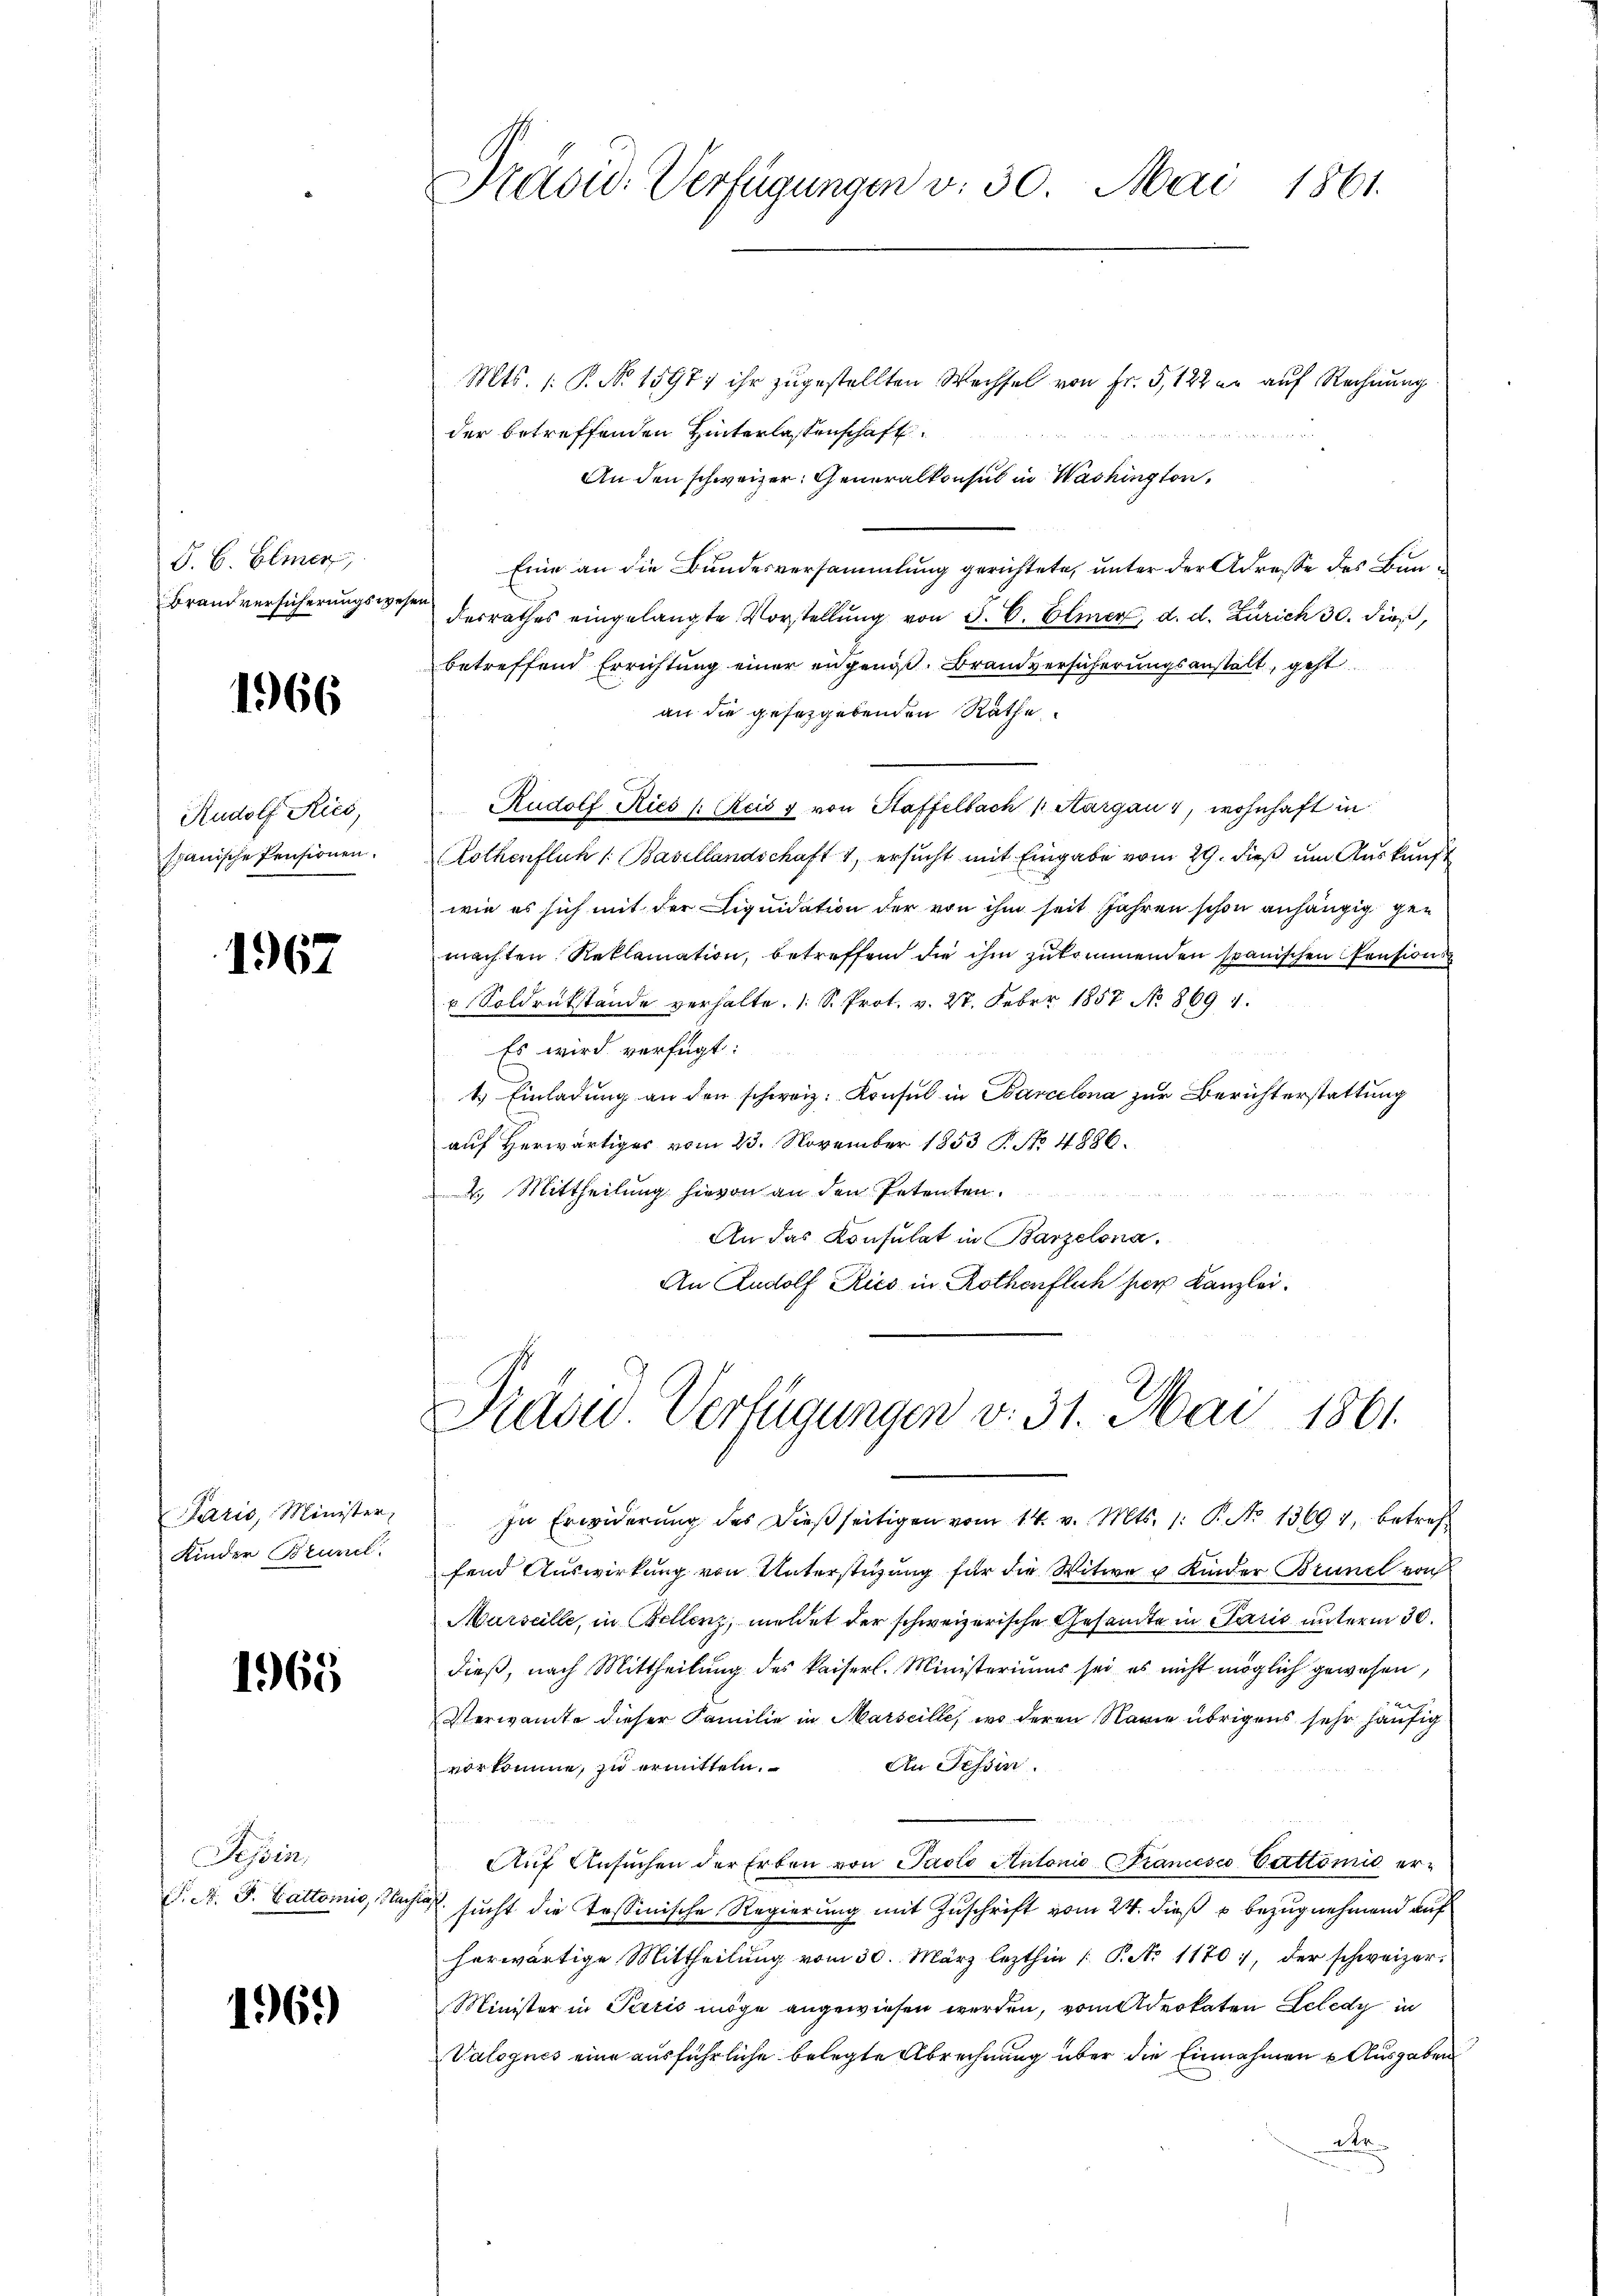
S. B. Bemer
Brandversicherungswese

1966

Rudolf Ries,
spanische Pensionen.

1967

Paris, Minister,
Kinder Bruncl.

1965

Sepin
. A. F. Cattomis, Nac

1969

Präsid. Verfügungen v. 30. Mai 1861.

Mts. 1. P. No 1597; ihr zugestellten Wechsel von Fr. 5122 er auf Rechnung
der betreffenden Hinterlassenschaft

An den schweizer Generalkonsul in Washington,
Eine an die Bundesversammlung gerichtete, unter der Adresse des Bundesrathes eingelangte Vorstellung von 3. C. Elmer, d. d. Zürich 30. dieß,
betreffend Errichtung einer angenoß. Brandversicherungsanstalt, geht
an die gesetzgebenden Räthe
Rudolf Ries /: Reis f von Staffelbach (Aargau 1, wohnhaft in
Rothenflich /: Basellandschaft 4, ersucht mit Eingabe vom 29. dieß um Auskunft
wie es sich mit der Liquidation der von ihm seit Jahren schon anhängig gemachten Reklamation, betreffend die ihm zukommenden spanischen Pensions
 Soldrückstände verhalte. 1 S. Prot. v. 27. Feber 1857 No. 8694.
Es wird verfügt:
1.) Einladung an den schweiz. Konsul in Barcelona zur Berichterstattung
auf herwärtiges vom 23. November 1853 P. No. 4886.
2. Mittheilung hievon an den Petenten.
An das Konsulat in Barzelona.
An Rudolf Ries in Rothenflich per Kanzlei.

Pradu Verfügungen v. 31. Mai 1861.

In Erwiderung des dießseitigen vom 14. v. Mts. 1. P. No 13694, betreffend Auswirkung von Unterstüzung für die Witwe u Kinder Brunel von
Murseille, in Bellenz, meldet der schweizerische Gesamte in Paris unterm 30.
dieß, nach Mittheilung des kaiserl. Ministeriums sei es nicht möglich gewesen,
Verwandte dieser Familie in Marseille, wo deren Nanie übrigens sehr häufig
vorkomme, zu ermitteln. An Tessin
Auf Ansuchen der Erben von Pacto Antonio Strancesco Cattomie er¬
 sucht die Tessinische Regierung mit Zuschrift vom 24. dieß u bezug nehmend auf
herwärtige Mittheilŭng vom 30. März lezthin /: P. No 1170), der schweizer-
Minister in Paris möge angewiesen werden, vom Advokaten Schedy in
Valognes eine ausführliche belegte Abrechnung über die Einnahmen Ausgaben
a